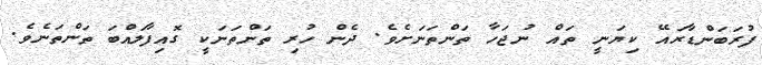
ފުރަބަންޑާރައޭ ކިޔަނީ ތައް ނުޖަހާ ތަންތަނަށެވެ. ދެން ހުރި ތަންތަނަކީ ގޮއިފާލައްބަ ތަންތަނެވެ.